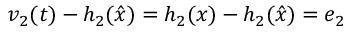
v _ { 2 } ( t ) - h _ { 2 } ( { \hat { x } } ) = h _ { 2 } ( x ) - h _ { 2 } ( { \hat { x } } ) = e _ { 2 }